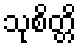
သုစိတ္တိ